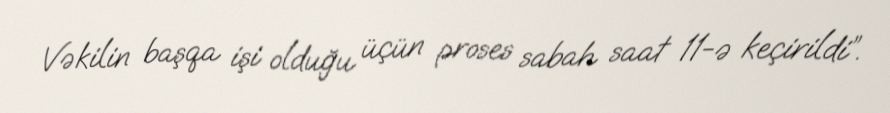
Vəkilin başqa işi olduğu üçün proses sabah saat 11-ə keçirildi”.